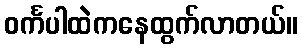
ဝင်္ကပါထဲကနေထွက်လာတယ်။